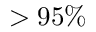
> 9 5 \%